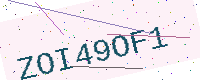
Text: ZOI49OF1